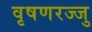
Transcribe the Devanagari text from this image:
वृषणरज्जु